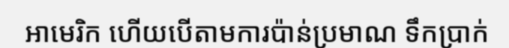
អាមេរិក ហើយបើតាមការប៉ាន់ប្រមាណ ទឹកប្រាក់